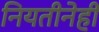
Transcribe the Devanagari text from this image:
नियतीनेही